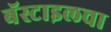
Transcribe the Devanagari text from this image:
बॅस्टाइलचा